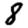
Digit: 8